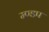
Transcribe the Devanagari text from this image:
म्ण्डप